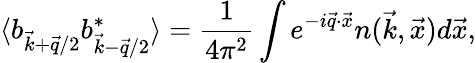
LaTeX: \langle b_{\vec{k}+\vec{q}/2}b_{\vec{k}-\vec{q}/2}^{*}\rangle=\frac{1}{4\pi^{2}}\int e^{-i\vec{q}\cdot\vec{x}}n(\vec{k},\vec{x})d\vec{x},